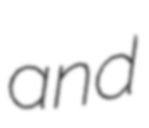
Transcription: and